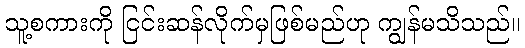
သူ့စကားကို ငြင်းဆန်လိုက်မှဖြစ်မည်ဟု ကျွန်မသိသည်။